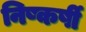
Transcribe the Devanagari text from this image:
निष्कर्षी